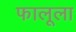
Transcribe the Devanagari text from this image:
फालूला